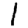
Digit: 1